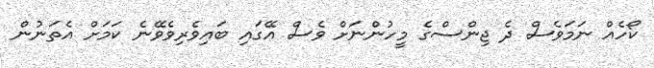
ކޯހެއް ނަމަވެސް ދެ ޖިންސްގެ މީހުންނަށް ވެސް އޭގައި ބައިވެރިވެވޭނެ ކަމަށް އެތަނުން